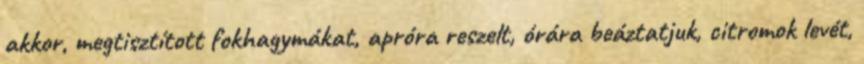
akkor, megtisztított fokhagymákat, apróra reszelt, órára beáztatjuk, citromok levét,